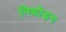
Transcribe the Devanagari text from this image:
निचोड़न